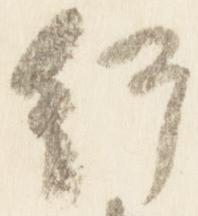
行